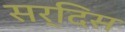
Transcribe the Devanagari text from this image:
सर्दिस